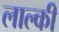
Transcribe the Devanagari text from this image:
लाल्की